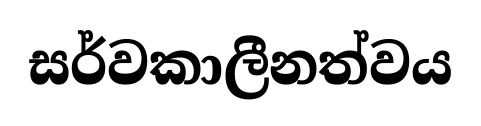
සර්වකාලීනත්වය